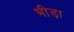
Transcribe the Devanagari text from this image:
भीड़ा